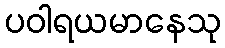
ပဝါရယမာနေသု